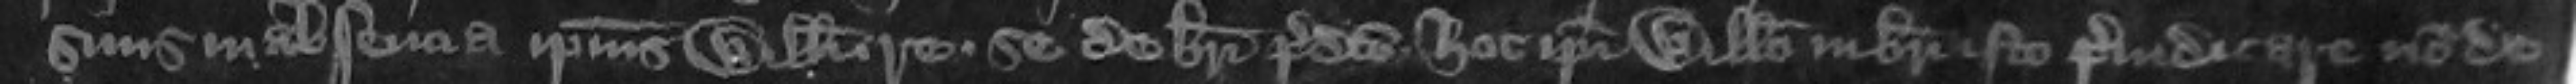
suus in absencia ipsius Willelmi. retraxit. Se de brevi predicto hoc ipso Willelmo in brevi isto prejudicare non de